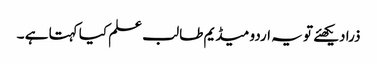
ذرا دیکھئے تو یہ اردو میڈیم طالب علم کیا کہتا ہے ۔